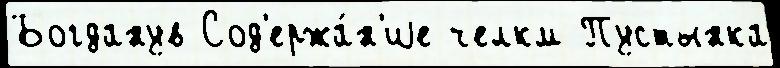
Богданув Сод'ержа́н'иjе челкм Пустынка